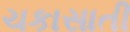
ચકાસાતી